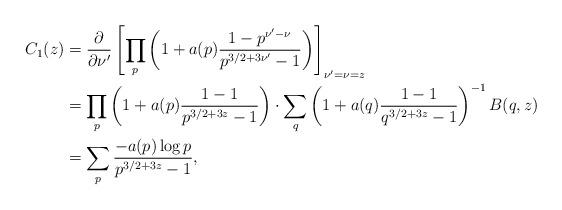
LaTeX: \begin{align*}C_1(z) &= \frac{\partial}{\partial \nu'} \left[ \prod_p \left(1 + a(p)\frac{1-p^{\nu'-\nu}}{p^{3/2+3\nu'}-1}\right)\right]_{\nu'=\nu=z}\\&= \prod_p\left(1 + a(p)\frac{1-1}{p^{3/2+3z}-1}\right)\cdot \sum_q \left(1 + a(q)\frac{1-1}{q^{3/2+3z}-1}\right)^{-1}B(q,z)\\&= \sum_p \frac{-a(p) \log p}{p^{3/2+3z}-1},\end{align*}